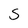
Character: S